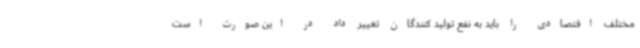
مختلف اقتصادی را باید به نفع تولید کنندگان تغییر داد در این صورت است